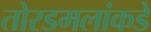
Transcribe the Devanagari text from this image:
तोरडमलांकडे